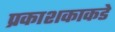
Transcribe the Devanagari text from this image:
प्रकाशकाकडे